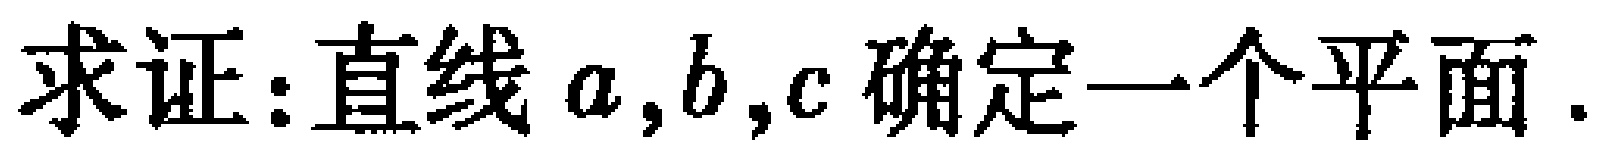
求证:直线 \(a,b,c\) 确定一个平面.